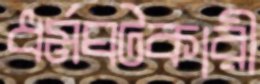
ধর্মঘটকারী